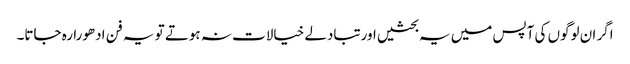
اگر ان لوگوں کی آپس میں یہ بحثیں اورتبادلے خیالات نہ ہوتے تو یہ فن ادھورا رہ جاتا۔